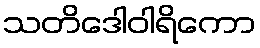
သတိဒေါဝါရိကော